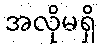
အလိုမရှိ